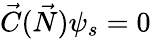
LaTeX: {\vec{C}}({\vec{N}})\psi_{s}=0